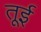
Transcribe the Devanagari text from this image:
तूई